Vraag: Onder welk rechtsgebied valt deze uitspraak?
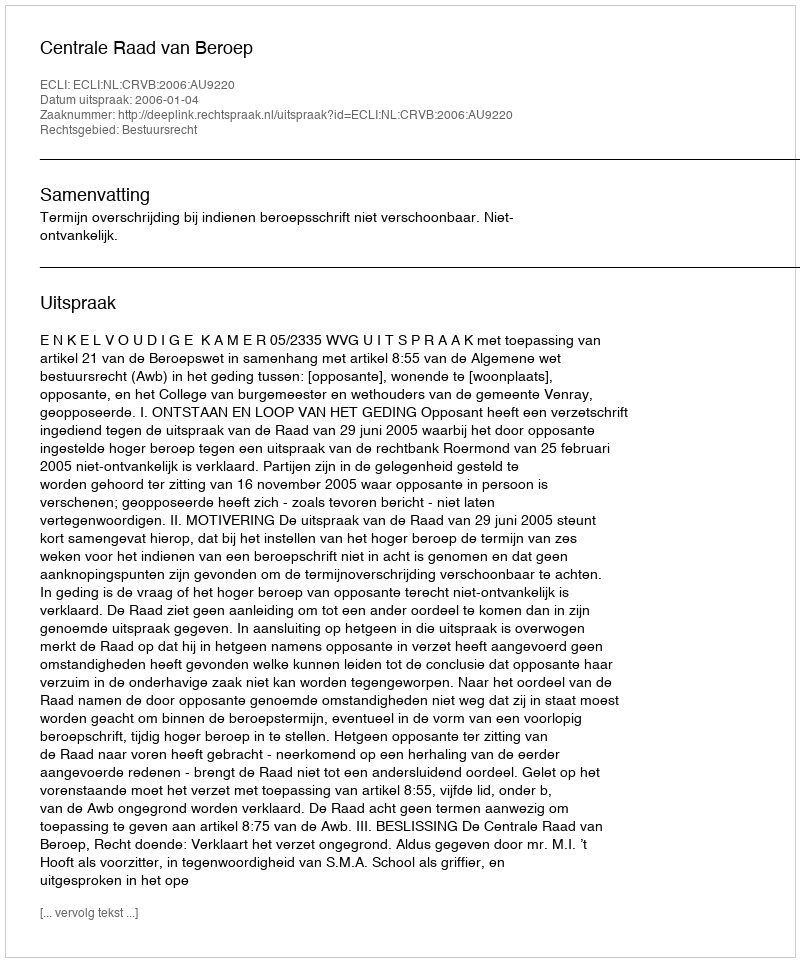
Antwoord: Bestuursrecht